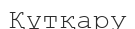
Құтқару